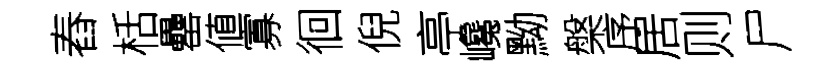
舂栝罍値寡徊倪亭巉黝槃序居则尸